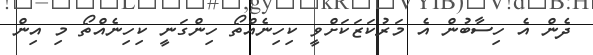
ދެން އެ ހިސާބުން އެ މަރުކަޒަކަށްވީ ކިހިނެއްތޯ ހިންގަނީ ކިހިނެއްތޯ މި އިން